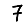
Digit: 7